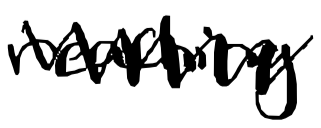
Text: reaching
Cross-out: zig-zag
Writing tool: digital_black